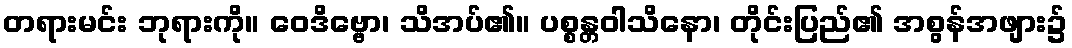
တရားမင်း ဘုရားကို။ ဝေဒိဗ္ဗော၊ သိအပ်၏။ ပစ္စန္တဝါသိနော၊ တိုင်းပြည်၏ အစွန်အဖျား၌